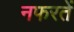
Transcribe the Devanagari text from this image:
नफरतें